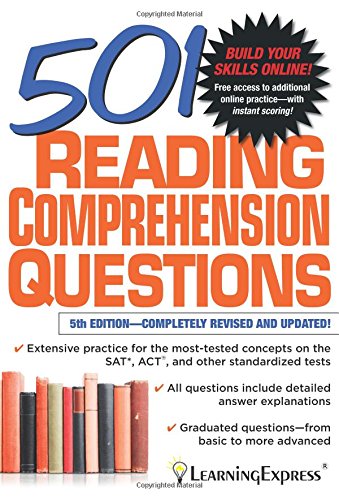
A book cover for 501 Reading Comprehension Questions (501 Series); LLC LearningExpress; Reference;